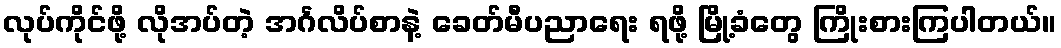
လုပ်ကိုင်ဖို့ လိုအပ်တဲ့ အင်္ဂလိပ်စာနဲ့ ခေတ်မီပညာရေး ရဖို့ မြို့ခံတွေ ကြိုးစားကြပါတယ်။